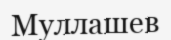
Муллашев